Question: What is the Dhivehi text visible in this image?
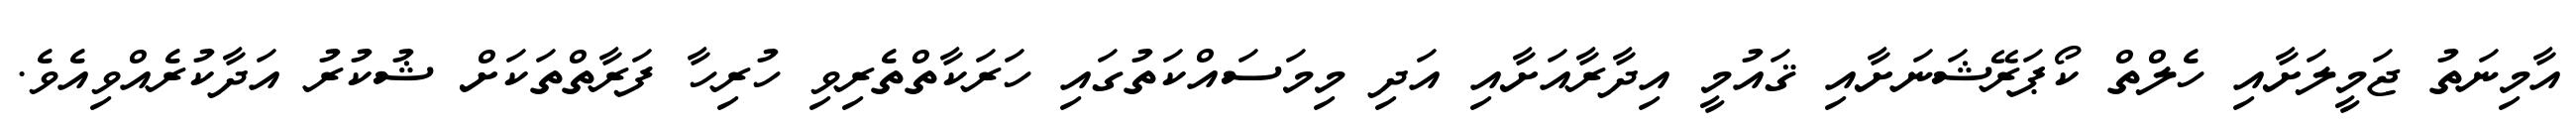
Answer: އާމިނަތު ޖަމީލަށާއި ހެލްތް ކޯޕަރޭޝަނަށާއި ޤައުމީ އިދާރާއަށާއި އަދި މިމަސައްކަތުގައި ހަރަކާތްތެރިވި ހުރިހާ ފަރާތްތަކަށް ޝުކުރު އަދާކުރެއްވިއެވެ.